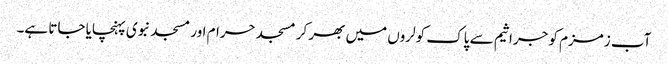
آب زمزم کو جراثیم سے پاک کولروں میں بھر کر مسجد حرام اور مسجد نبوی پہنچایا جاتا ہے۔